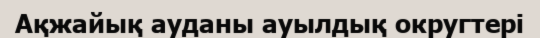
Ақжайық ауданы ауылдық округтері